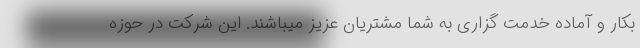
بکار و آماده خدمت گزاری به شما مشتریان عزیز میباشند. این شرکت در حوزه